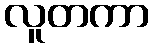
လူတကာ